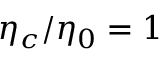
\eta _ { c } / \eta _ { 0 } = 1